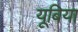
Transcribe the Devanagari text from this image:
यूबिया